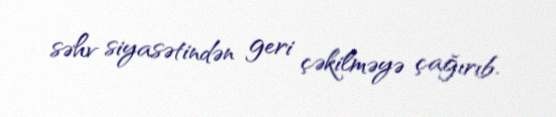
səhv siyasətindən geri çəkilməyə çağırıb.